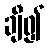
ချီ၍